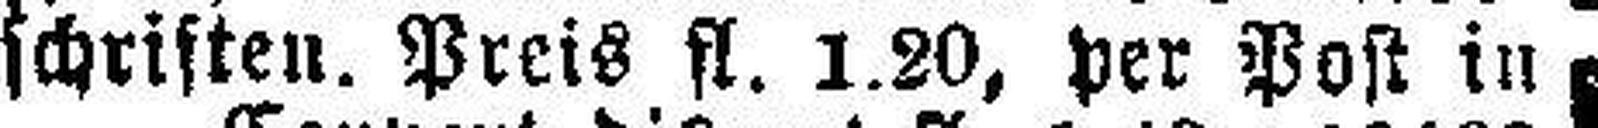
schriften. Preis fl. 1.20, per Post in